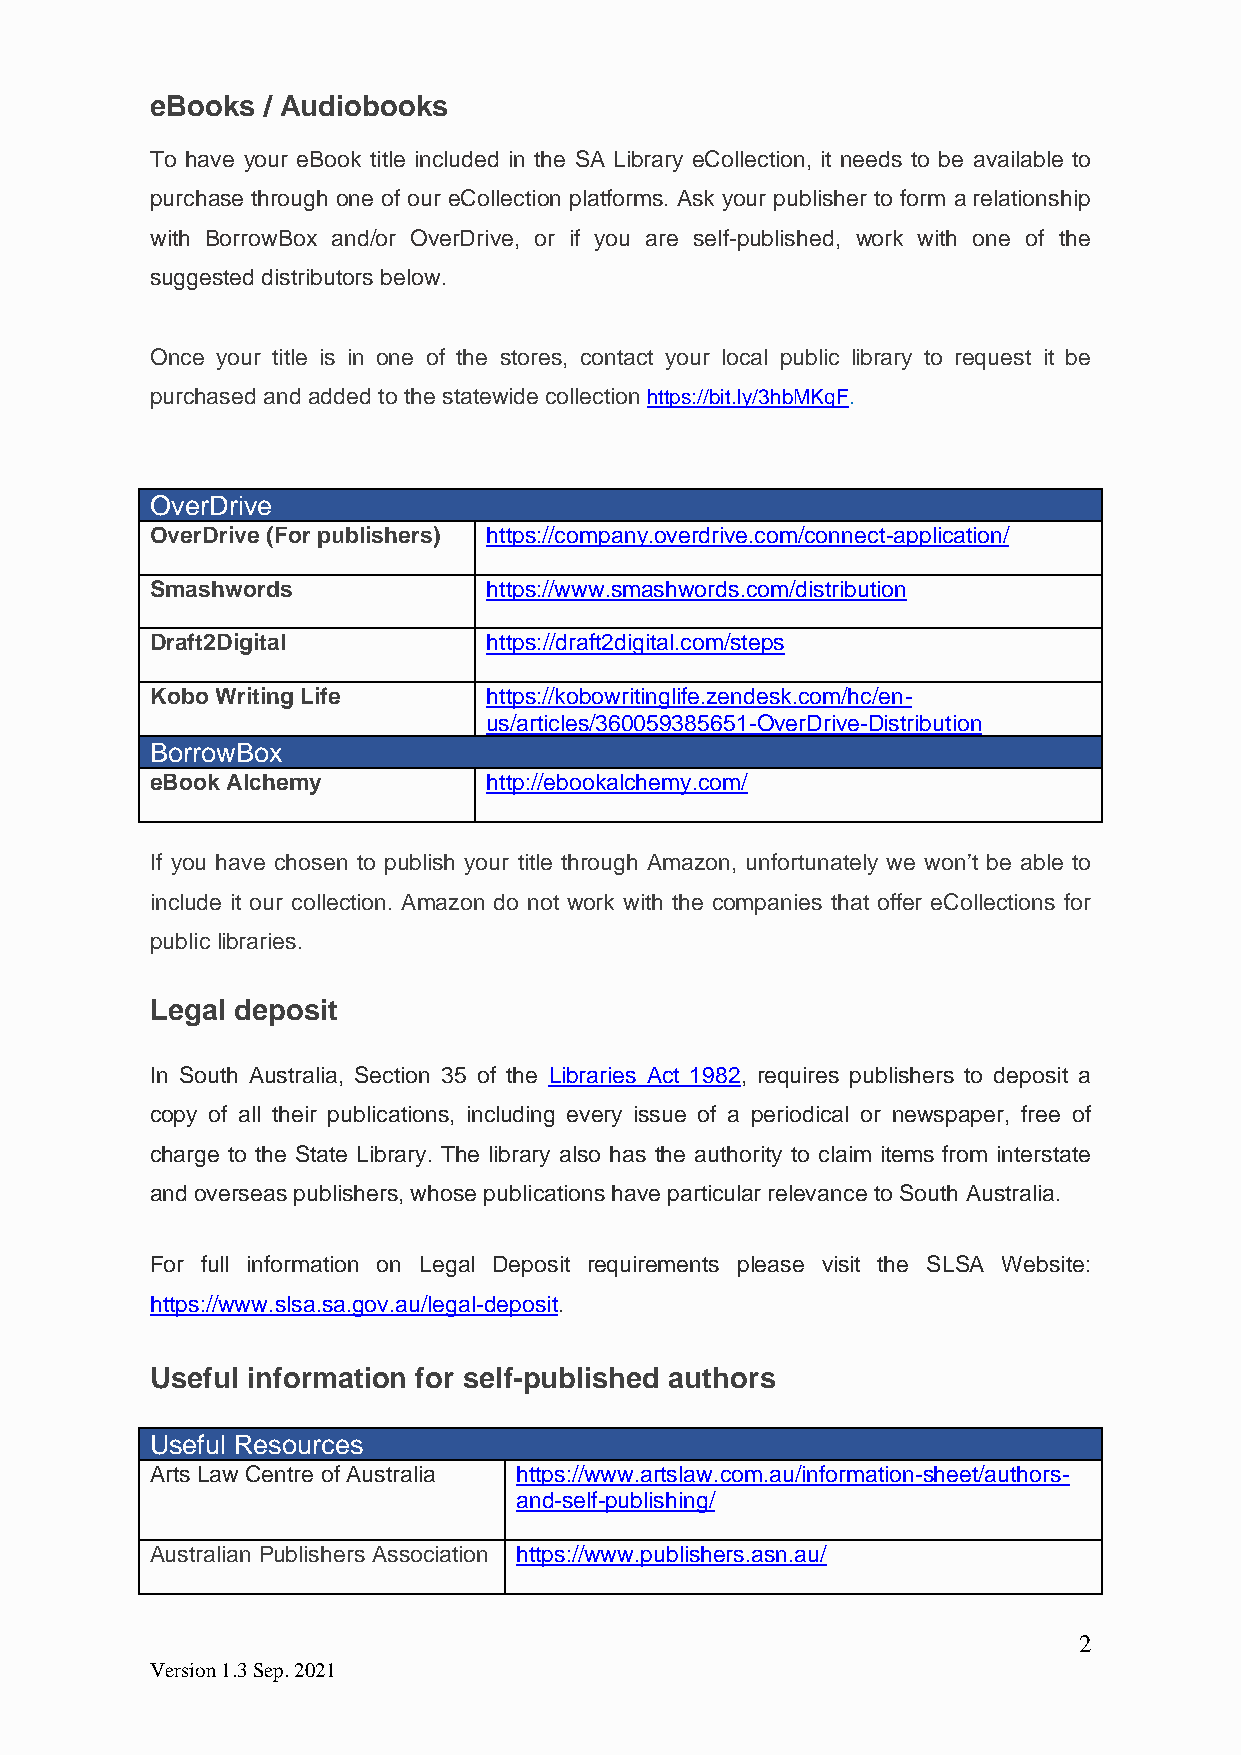
eBooks / Audiobooks
 To have your eBook title included in the SA Library eCollection, it needs to be available to
 purchase through one of our eCollection platforms. Ask your publisher to form a relationship
 with BorrowBox and/or OverDrive, or if you are self-published, work with one of the
 suggested distributors below.
 Once your title is in one of the stores, contact your local public library to request it be
 purchased and added to the statewide collection https://bit.ly/3hbMKqF.
 OverDrive
 OverDrive (For publishers) https://company.overdrive.com/connect-application/
 Smashwords            https://www.smashwords.com/distribution
 Draft2Digital         https://draft2digital.com/steps
 Kobo Writing Life     https://kobowritinglife.zendesk.com/hc/en-
 us/articles/360059385651-OverDrive-Distribution
 BorrowBox
 eBook Alchemy         http://ebookalchemy.com/
 If you have chosen to publish your title through Amazon, unfortunately we won’t be able to
 include it our collection. Amazon do not work with the companies that offer eCollections for
 public libraries.
 Legal deposit
 In South Australia, Section 35 of the Libraries Act 1982, requires publishers to deposit a
 copy of all their publications, including every issue of a periodical or newspaper, free of
 charge to the State Library. The library also has the authority to claim items from interstate
 and overseas publishers, whose publications have particular relevance to South Australia.
 For full information on Legal Deposit requirements please visit the SLSA Website:
 https://www.slsa.sa.gov.au/legal-deposit.
 Useful information for self-published authors
 Useful Resources
 Arts Law Centre of Australia https://www.artslaw.com.au/information-sheet/authors-
 and-self-publishing/
 Australian Publishers Association https://www.publishers.asn.au/
 2
 Version 1.3 Sep. 2021